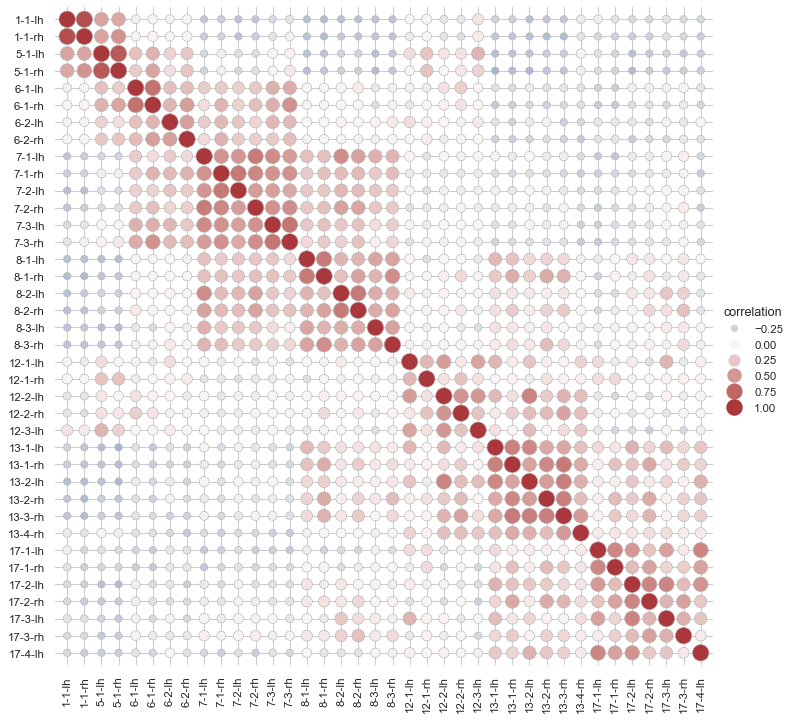
python, seaborn, relplot